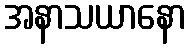
အနာသယာနော